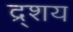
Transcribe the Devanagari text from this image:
द्र्शय